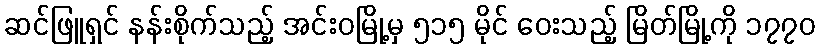
ဆင်ဖြူရှင် နန်းစိုက်သည့် အင်းဝမြို့မှ ၅၁၅ မိုင် ဝေးသည့် မြိတ်မြို့ကို ၁၇၇၀